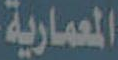
المعمارية